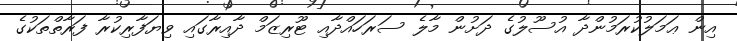
އިން ޢަމަލުކުރަމުންދާ އުސޫލުގެ ދަށުން މާލެ ސަރަހައްދާއި ޓޫރިޒަމް ދާއިރާގައި ވިޔަފާރިކުރާ ފަރާތްތަކުގެ